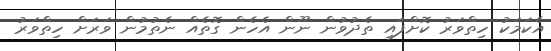
އެކަމަކު ހިތްވަރު ކޮށްފައި ތެދުވުން ނޫން އެހެން ގޮތެއް ނެތުމުން ވަރަށް ހިިތްވަރު